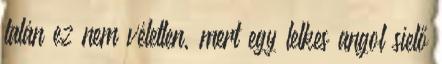
talán ez nem véletlen, mert egy lelkes angol síelő